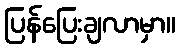
ပြန်ပြေးချလာမှာ။